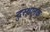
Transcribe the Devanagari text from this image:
दुःस्थानक